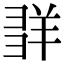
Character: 𦍽